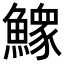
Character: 𩻴